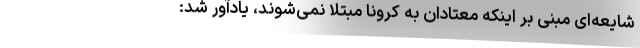
شایعه‌ای مبنی بر اینکه معتادان به کرونا مبتلا نمی‌شوند، یادآور شد: